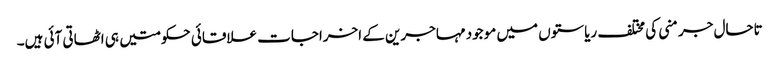
تاحال جرمنی کی مختلف ریاستوں میں موجود مہاجرین کے اخراجات علاقائی حکومتیں ہی اٹھاتی آئی ہیں۔